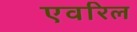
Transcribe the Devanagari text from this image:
एवरिल